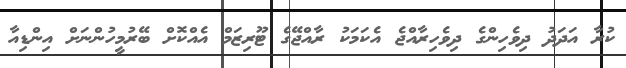
ކުރާ އަދަދު ދިވެހިންގެ ދިވެހިރާއްޖެ އެކަމަކު ރާއްޖޭގެ ޓޫރިޒަމް އެއްކޮށް ބޭރުމީހުންނަށް އިންޑިއާ